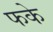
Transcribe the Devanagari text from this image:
फके